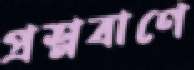
প্রশ্নবাণে